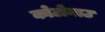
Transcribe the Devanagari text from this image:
कोटोनाउ